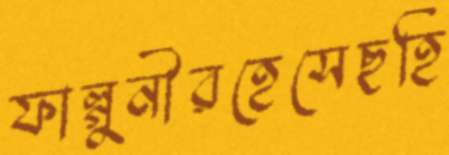
ফাল্গুনীরহেসেছহি